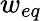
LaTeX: w_{eq}